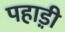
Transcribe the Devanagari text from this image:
पहाड़़ी